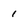
Character: 1